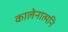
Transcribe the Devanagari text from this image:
कालेनात्मनि